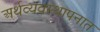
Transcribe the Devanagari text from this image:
अर्थव्यवस्थापनात